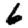
Digit: 6